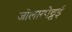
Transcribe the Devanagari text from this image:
जोलारपेट्टई